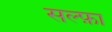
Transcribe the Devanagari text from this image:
सल्फ़ा